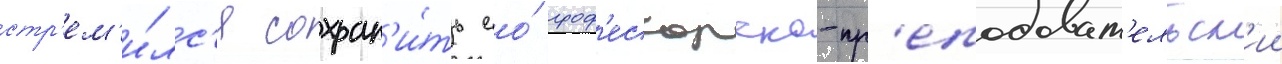
стр'ем'и́лс'я сохран'и́ть ео́ проф'ессорско-пр'еподават'ельск'ии